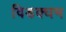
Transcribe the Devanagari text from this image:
विडक्घभ